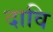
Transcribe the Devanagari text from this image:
दावि